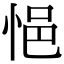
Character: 悒